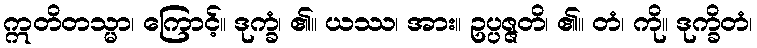
ဣတိတသ္မာ၊ ကြောင့်။ ဒုက္ခံ၊ ၏။ ယဿ၊ အား။ ဥပ္ပဇ္ဇတိ၊ ၏။ တံ၊ ကို။ ဒုက္ခိတံ၊